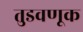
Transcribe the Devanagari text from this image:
तुडवणूक